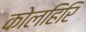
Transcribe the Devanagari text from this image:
कोलहिरि